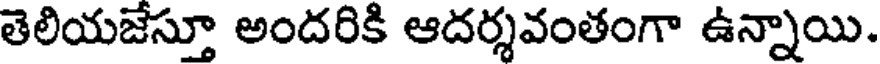
తెలియజేస్తూ అందరికి ఆదర్శవంతంగా ఉన్నాయి.